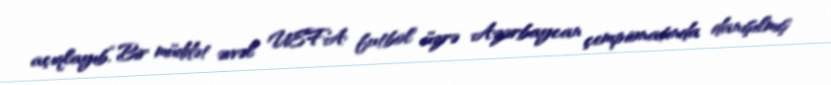
açıqlayıb.“Bir müddət əvvəl UEFA futbol üzrə Azərbaycan çempionatında danışılmış